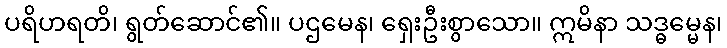
ပရိဟရတိ၊ ရွတ်ဆောင်၏။ ပဌမေန၊ ရှေးဦးစွာသော။ ဣမိနာ သဒ္ဓမ္မေန၊